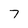
Character: 7